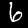
Digit: 6